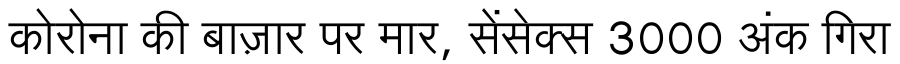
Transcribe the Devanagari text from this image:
कोरोना की बाज़ार पर मार, सेंसेक्स 3000 अंक गिरा